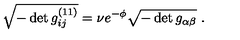
\sqrt { - \det g _ { i j } ^ { ( 1 1 ) } } = \nu e ^ { - \phi } \sqrt { - \det g _ { \alpha \beta } } \ .